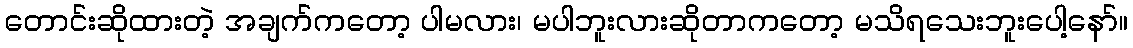
တောင်းဆိုထားတဲ့ အချက်ကတော့ ပါမလား၊ မပါဘူးလားဆိုတာကတော့ မသိရသေးဘူးပေါ့နော်။